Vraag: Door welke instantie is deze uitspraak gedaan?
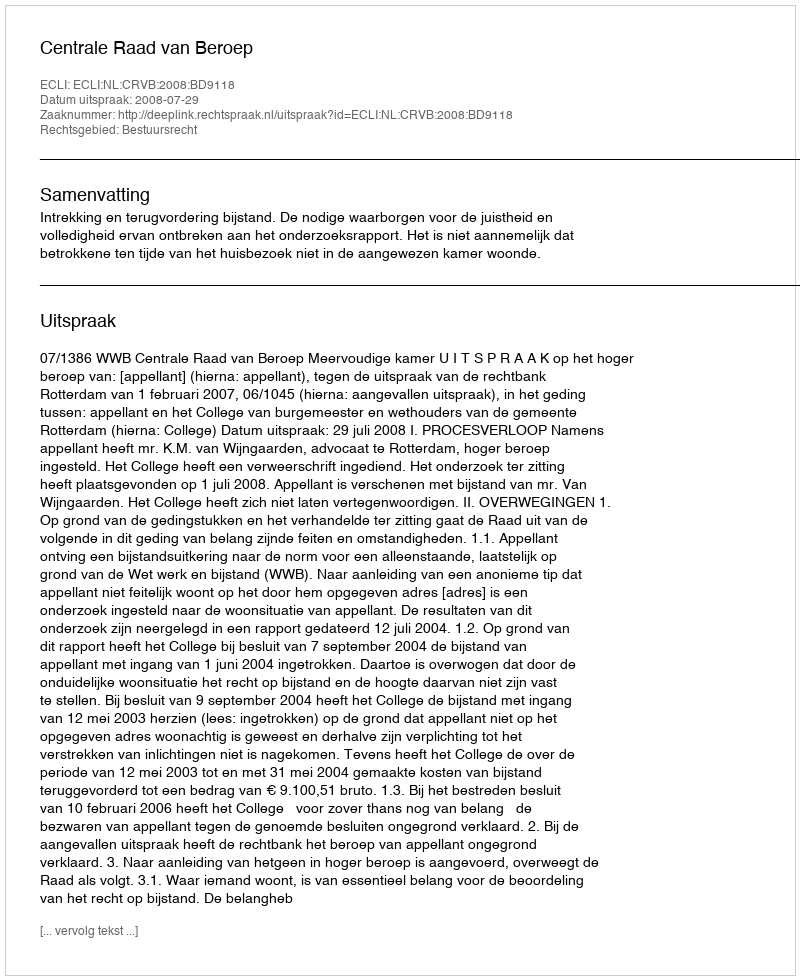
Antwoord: Centrale Raad van Beroep